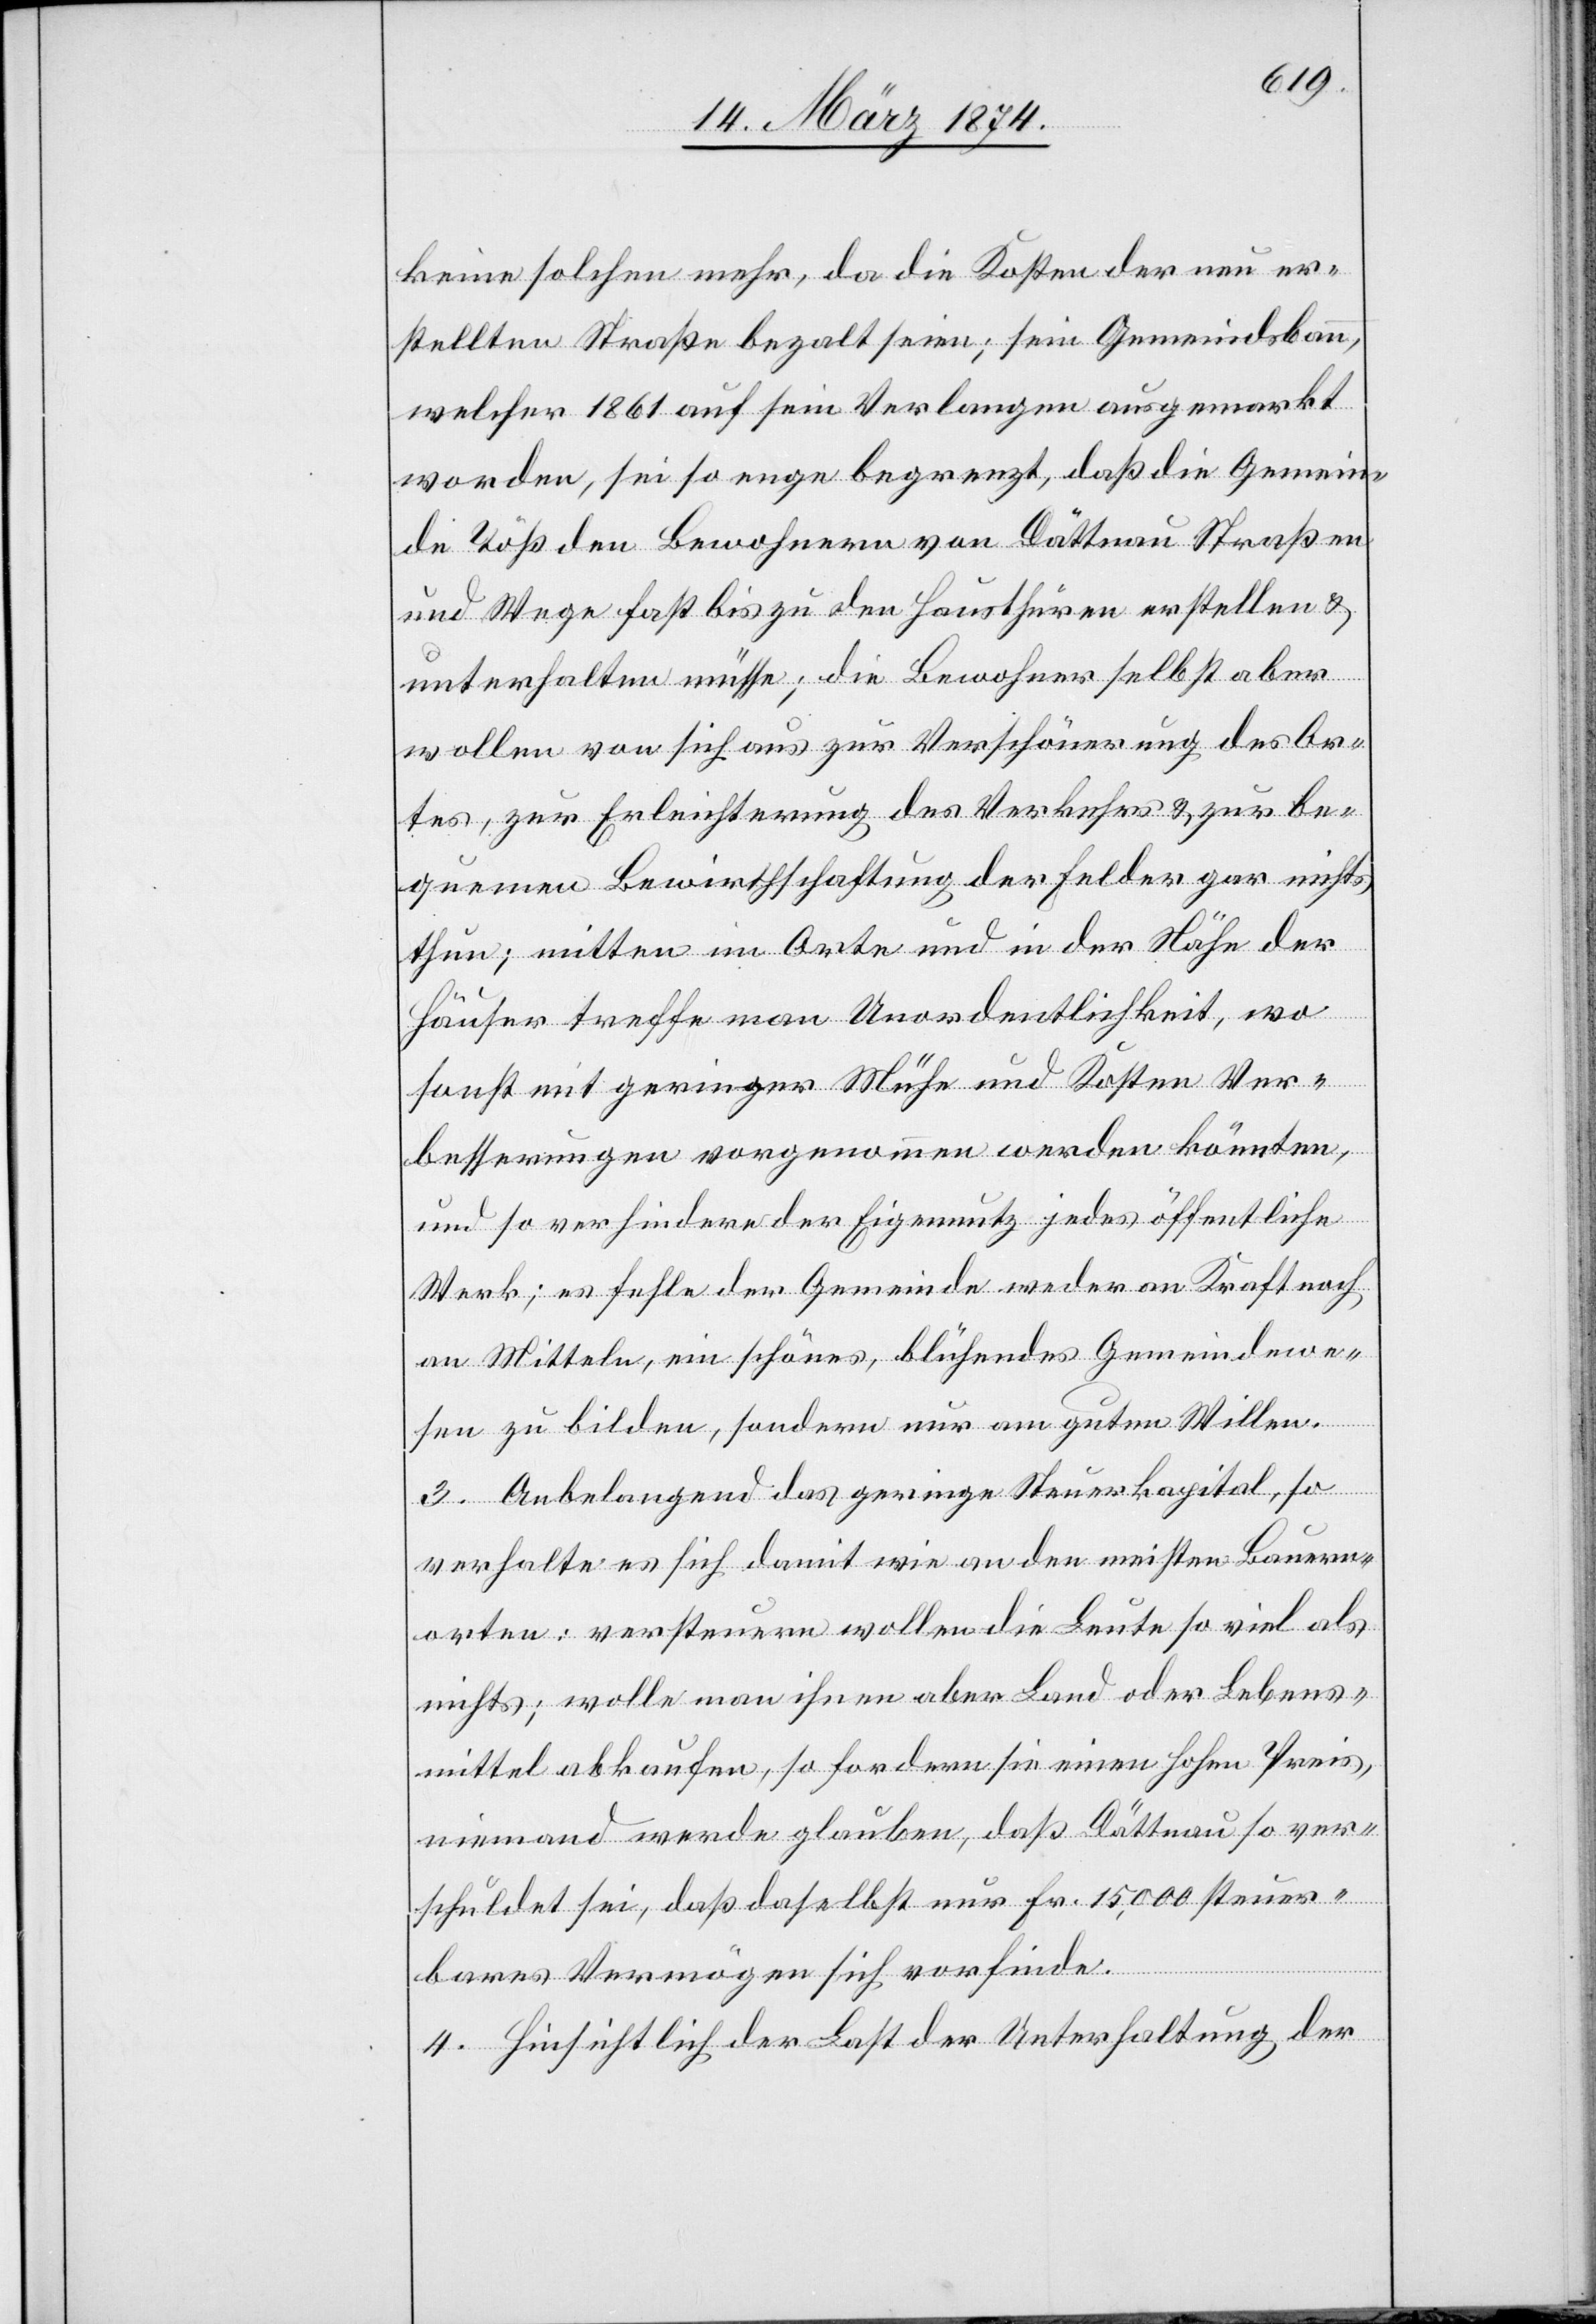
keine solchen mehr, da die Kosten der neu er¬
stellten Straße bezalt seien; sein Gemeindsbann,
welcher 1861 auf sein Verlangen ausgemarkt
worden, sei so enge begrenzt, daß die Gemein¬
de Töß den Bewohnern von Dättnau Straßen
und Wege fast bis zu den Hausthüren erstellen u.
unterhalten müsse; die Bewohner selbst aber
wollen von sich aus zur Verschönerung des Or¬
tes, zur Erleichterung des Verkehrs u. zur be¬
quemen Bewirthschaftung der Felder gar nichts
thun; mitten im Orte und in der Nähe der
Häuser treffe man Unordentlichkeit, wo
sonst mit geringer Mühe und Kosten Ver¬
besserungen vorgenommen werden könnten,
und so verhindere der Eigennutz jedes öffentliche
Werk; es fehle der Gemeinde weder an Kraft noch
an Mitteln, ein schönes, blühendes Gemeindewe¬
sen zu bilden, sondern nur am guten Willen.
3. Anbelangend das geringe Steuerkapital, so
verhalte es sich damit wie an den meisten Bauern¬
orten: versteuern wollen die Leute so viel als
nichts; wolle man ihnen aber Land oder Lebens¬
mittel abkaufen, so fordern sie einen hohen Preis,
niemand werde glauben, daß Dättnau so ver¬
schuldet sei, daß daselbst nur Fr 15,000 steuer¬
bares Vermögen sich vorfinde.
4. Hinsichtlich der Last der Unterhaltung der